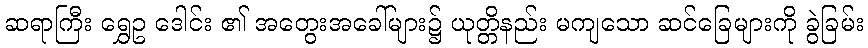
ဆရာကြီး ရွှေဥ ဒေါင်း ၏ အတွေးအခေါ်များ၌ ယုတ္တိနည်း မကျသော ဆင်ခြေများကို ခွဲခြမ်း